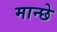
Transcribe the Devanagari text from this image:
मान्छे